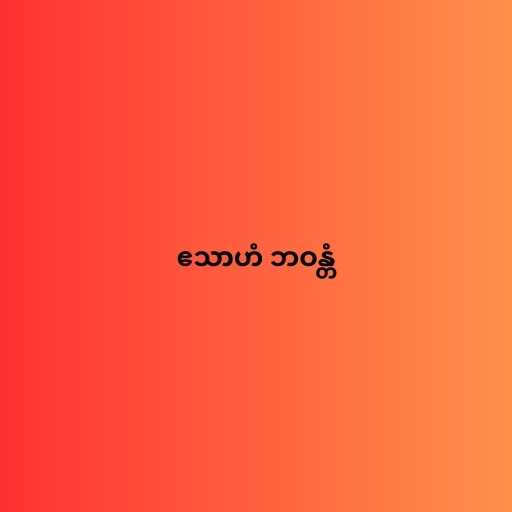
ဧသာဟံ ဘဝန္တံ